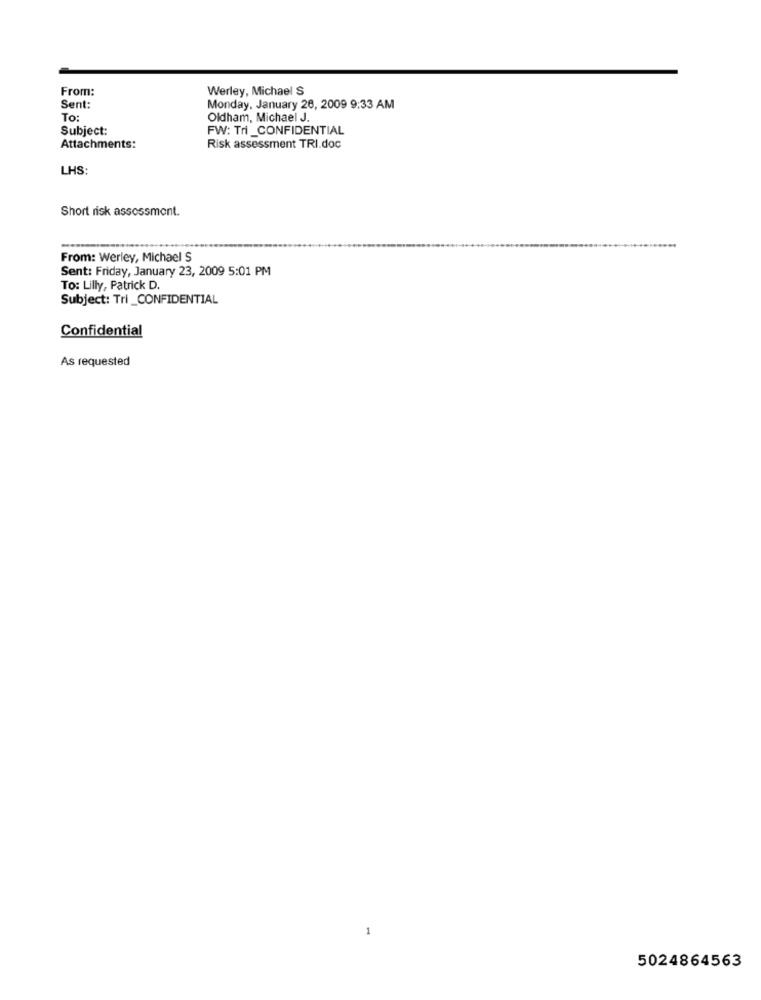
From:
Werley, Michael S
Sent:
Monday, January 26, 2009 9:33 AM
To:
Oldham, Michael J.
Subject:
FW: Tri_CONFIDENTIAL
Attachments:
Risk assessment TRI.doc
LHS:
Short risk assessment.
From: Werley, Michael S
Sent: Friday, January 23, 2009 5:01 PM
To: Lilly, Patrick D.
Subject: Tri _CONFIDENTIAL
Confidential
As requested
5024864563